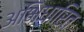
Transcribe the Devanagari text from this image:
अभिधारित